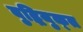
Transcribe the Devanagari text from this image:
बुद्धियुक्‍त